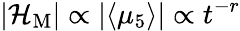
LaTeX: |{\cal H}_{\mathrm{M}}|\propto|\langle\mu_{5}\rangle|\propto t^{-r}